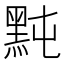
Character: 黗